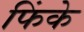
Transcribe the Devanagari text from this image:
फिंके